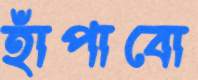
হাঁপাবো